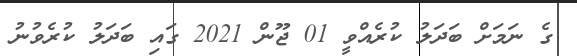
ގެ ނަމަށް ބަދަލު ކުރެއްވީ 01 ޖޫން 2021 ގައި ބަދަލު ކުރެވުނު